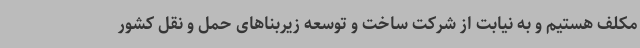
مکلف هستیم و به نیابت از شرکت ساخت و توسعه زیربناهای حمل و نقل کشور